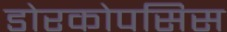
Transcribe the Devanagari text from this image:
डोरकोपसिस